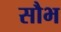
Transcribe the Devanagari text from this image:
सौभ